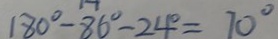
1 8 0 ^ { \circ } - 8 6 ^ { \circ } - 2 4 ^ { \circ } = 7 0 ^ { \circ }